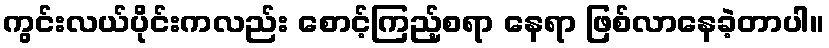
ကွင်းလယ်ပိုင်းကလည်း စောင့်ကြည့်စရာ နေရာ ဖြစ်လာနေခဲ့တာပါ။